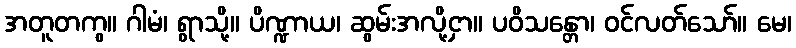
အတူတကွ။ ဂါမံ၊ ရွာသို့။ ပိဏ္ဍာယ၊ ဆွမ်းအလို့ငှာ။ ပဝိသန္တော၊ ဝင်လတ်သော်။ မေ၊